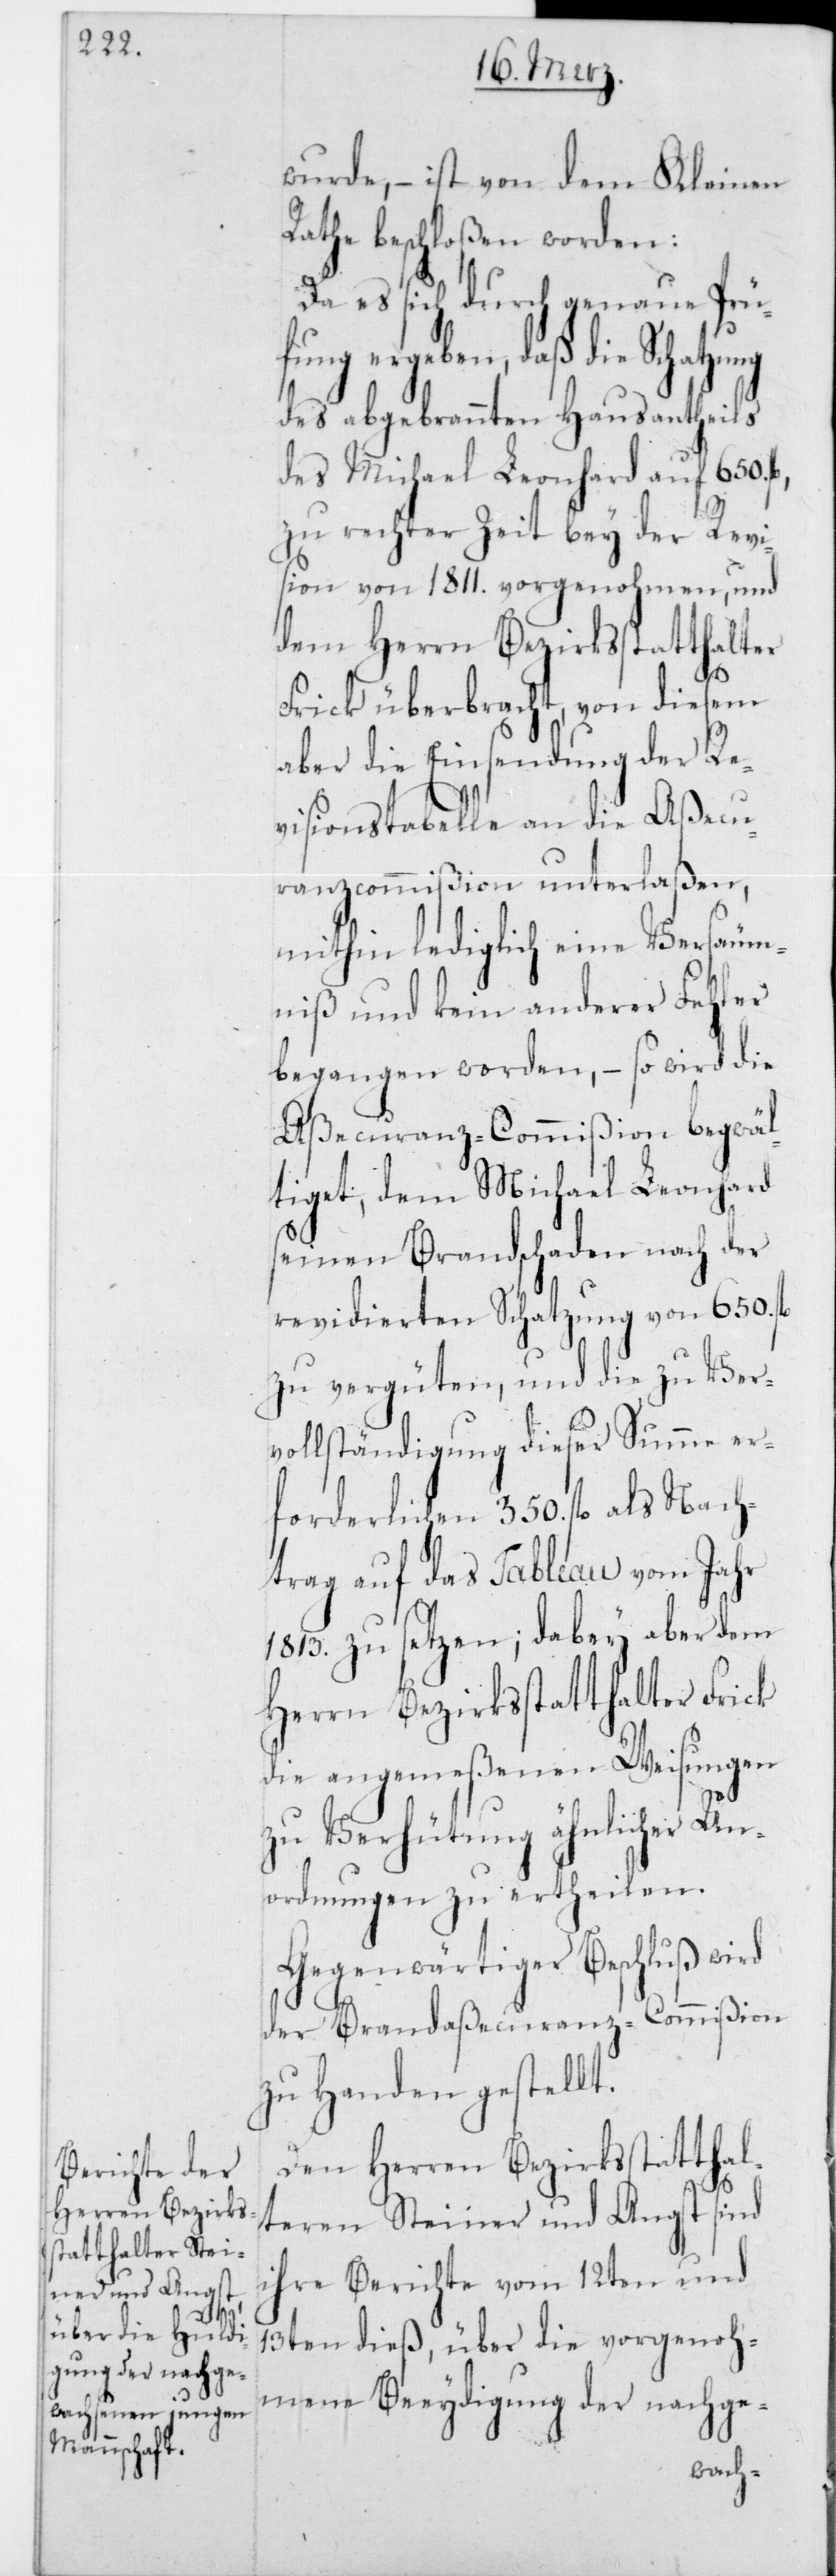
l.,

wurde, – ist von dem Kleinen
Rathe beschloßen worden:
Da es sich durch genaue Prü¬
fung ergeben, daß die Schatzung
des abgebrannten Hausantheils
des Michael Leonhard auf 650 f¬
zur rechten Zeit bey der Revi¬
sion von 1811 vorgenohmen, und
dem Herrn Bezirksstatthalter
Frick überbracht, von diesem
aber die Einsendung der Re¬
visionstabelle an die Aßecu¬
ranzcommißion unterlaßen,
mithin lediglich eine Versäum¬
niß und kein anderer Fehler
begangen worden, – so wird die
Aßecuranz-Commißion begwäl¬
tiget, dem Michael Leonhard
seinen Brandschaden nach der
revidierten Schatzung von 650 fl.
zu vergüten, und die zu Ver¬
vollständigung dieser Summe er¬
forderlichen 350 fl. als Nach¬
trag auf das Tableau vom Jahr
1813 zu setzen; dabey aber dem
Herrn Bezirksstatthalter Frick
die angemeßenen Weisungen
zu Verhütung ähnlicher Un¬
ordnungen zu ertheilen.
Gegenwärtiger Beschluß wird
der Brandaßecuranz-Commißion
zu Handen gestellt.
Den Herren Bezirksstatthal¬
teren Steiner und Angst sind
ihre Berichte vom 12ten und
13ten dieß, über die vorgenoh¬
mene Beeydigung der nachge-